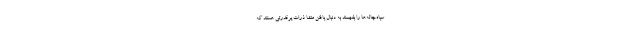
سیاه‌چاله‌ها را بفهمند به دنبال یافتن منشا ذرات پرقدرتی هستند که